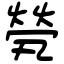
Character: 煢